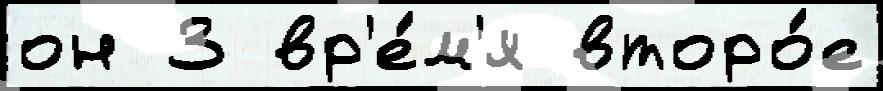
он 3 вр'е́м'я второ́е